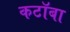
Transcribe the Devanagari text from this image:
कटॉबा